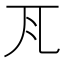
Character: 𭀝